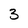
Character: 3